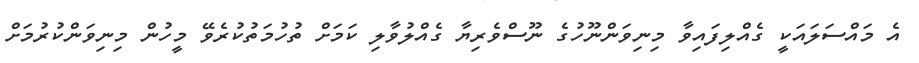
އެ މައްސަލައަކީ ގެއްލިފައިވާ މިނިވަންނޫހުގެ ނޫސްވެރިޔާ ގެއްލުވާލި ކަމަށް ތުހުމަތުކުރެވޭ މީހުން މިނިވަންކުރުމަށް